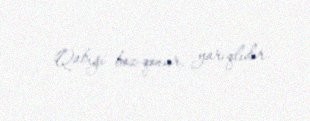
Qabığı boz-qonur, yarıqlıdır.